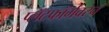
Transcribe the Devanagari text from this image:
प्लॅटफॉर्मवरचं